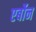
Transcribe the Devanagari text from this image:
एर्बोन